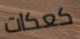
كعكات